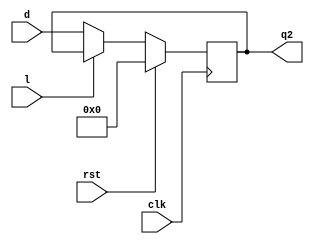
module s3(clk,rst,d,l,q2);

input clk,rst,l;
input [7:0] d;
output reg [7:0] q2;

always @(posedge clk)
begin
if(rst)
q2=0;
else if(l)
q2=q2;
else
q2=d;
end
endmodule